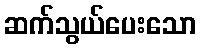
ဆက်သွယ်ပေးသော